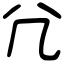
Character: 𡯂